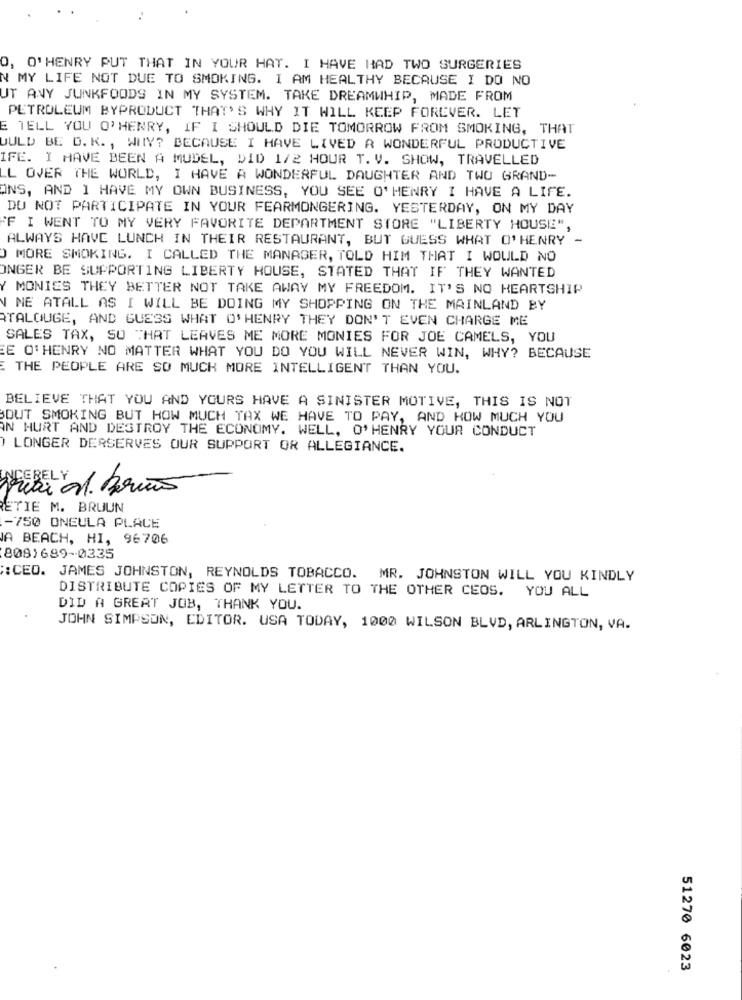
O, O'HENRY PUT THAT IN YOUR HAT. I HAVE HAD TWO SURGERIES
N MY LIFE NOT DUE TO SMOKING. I AM HEALTHY BECAUSE I DO NO
UT ANY JUNKFOODS IN MY SYSTEM. TAKE DREAMWHIP, MADE FROM
PETROLEUM BYPRODUCT THAT'S WHY IT WILL KEEP FOREVER. LET
E TELL YOU O'HENRY, IF I SHOULD DIE TOMORROW FROM SMOKING, THAT
UULD BE D. K. , WHY? BECAUSE I HAVE LIVED A WONDERFUL PRODUCTIVE
IFE. I HAVE BEEN A MUDEL, DID 1/2 HOUR T. V. SHOW, TRAVELLED
LL OVER THE WORLD, I HAVE A WONDERFUL DAUGHTER AND TWO GRAND-
ONS, AND I HAVE MY OWN BUSINESS, YOU SEE O'HENRY I HAVE A LIFE.
DO NOT PARTICIPATE IN YOUR FEARMONGERING. YESTERDAY, ON MY DAY
F I WENT TO MY VERY FAVORITE DEPARTMENT STORE "LIBERTY HOUSE",
ALWAYS HAVE LUNCH IN THEIR RESTAURANT, BUT GUESS WHAT O'HENRY -
O MORE SMOKING. I CALLED THE MANAGER, TOLD HIM THAT I WOULD NO
ONGER BE SUPPORTING LIBERTY HOUSE, STATED THAT IF THEY WANTED
Y MONIES THEY BETTER NOT TAKE AWAY MY FREEDOM. IT'S NO HEARTSHIP
N ME ATALL AS I WILL BE DOING MY SHOPPING ON THE MAINLAND BY
RTALOUGE, AND GUESS WHAT O'HENRY THEY DON'T EVEN CHARGE ME
SALES TAX, SO THAT LEAVES ME MORE MONIES FOR JOE CAMELS, YOU
EE O'HENRY NO MATTER WHAT YOU DO YOU WILL NEVER WIN, WHY? BECAUSE
THE PEOPLE ARE SO MUCH MORE INTELLIGENT THAN YOU.
BELIEVE THAT YOU AND YOURS HAVE A SINISTER MOTIVE, THIS IS NOT
DUT SMOKING BUT HOW MUCH TAX WE HAVE TO PAY, AND HOW MUCH YOU
IN HURT AND DESTROY THE ECONOMY. WELL, O'HENRY YOUR CONDUCT
) LONGER DERSERVES OUR SUPPORT OR ALLEGIANCE.
Vai al. Bomis
ETIE M. BRUUN
-750 ONEULA PLACE
JA BEACH, HI, 96706
808)689-0335
:: CEO. JAMES JOHNSTON, REYNOLDS TOBACCO. MR. JOHNSTON WILL YOU KINDLY
DISTRIBUTE COPIES OF MY LETTER TO THE OTHER CEOS. YOU ALL
DID A GREAT JOB, THANK YOU.
JOHN SIMPSON, EDITOR. USA TODAY, 1000 WILSON BLVD, ARLINGTON, VA.
51270 6023